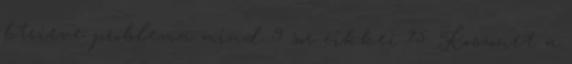
btrieve problema mind 9 sor cikkei 75. Koszonet a